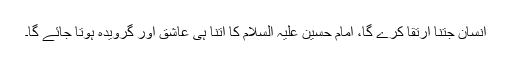
انسان جتنا ارتقا کرے گا، امام حسین علیہ السلام کا اتنا ہی عاشق اور گرویدہ ہوتا جائے گا۔